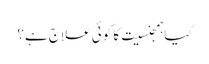
کیا ہمجنسیت کا کوئی علاج ہے؟